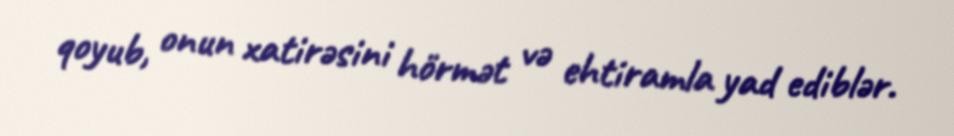
qoyub, onun xatirəsini hörmət və ehtiramla yad ediblər.